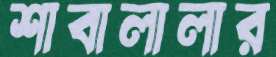
শাবালালার